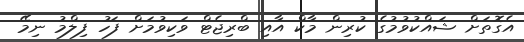
އެގޮތަށް ޝައްކުވުމުގެ ކުރިން މާކް އާއި ބްރިޖެޓް ވަކިވުމަށް ފަހު ފިލްމު ނިމޭ